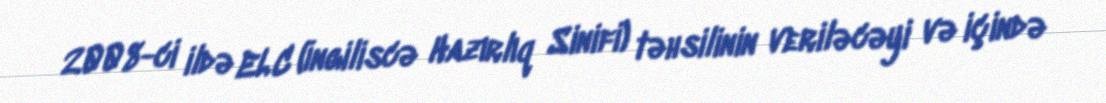
2008-ci ildə ELC (İngiliscə Hazırlıq Sinifi) təhsilinin veriləcəyi və içində